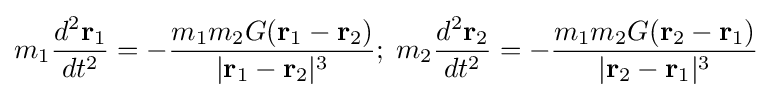
m_{1}{\frac {d^{2}{\mathbf {r} }_{1}}{dt^{2}}}=-{\frac {m_{1}m_{2}G({\mathbf {r} }_{1}-{\mathbf {r} }_{2})}{|{\mathbf {r} }_{1}-{\mathbf {r} }_{2}|^{3}}};\;m_{2}{\frac {d^{2}{\mathbf {r} }_{2}}{dt^{2}}}=-{\frac {m_{1}m_{2}G({\mathbf {r} }_{2}-{\mathbf {r} }_{1})}{|{\mathbf {r} }_{2}-{\mathbf {r} }_{1}|^{3}}}